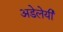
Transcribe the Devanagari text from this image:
अडेलेयी